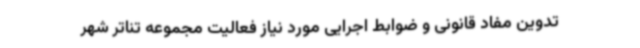
تدوین مفاد قانونی و ضوابط اجرایی مورد نیاز فعالیت مجموعه تناتر شهر